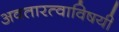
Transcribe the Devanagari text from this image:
अवतारत्वाविषयी